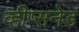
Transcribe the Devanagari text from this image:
व्हीप्सनेड